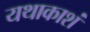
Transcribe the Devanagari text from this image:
यथाकाशं